Indian journal of veterinary science and animal husbandry - Volumes 15-17, 1948-1951
Year: 1948
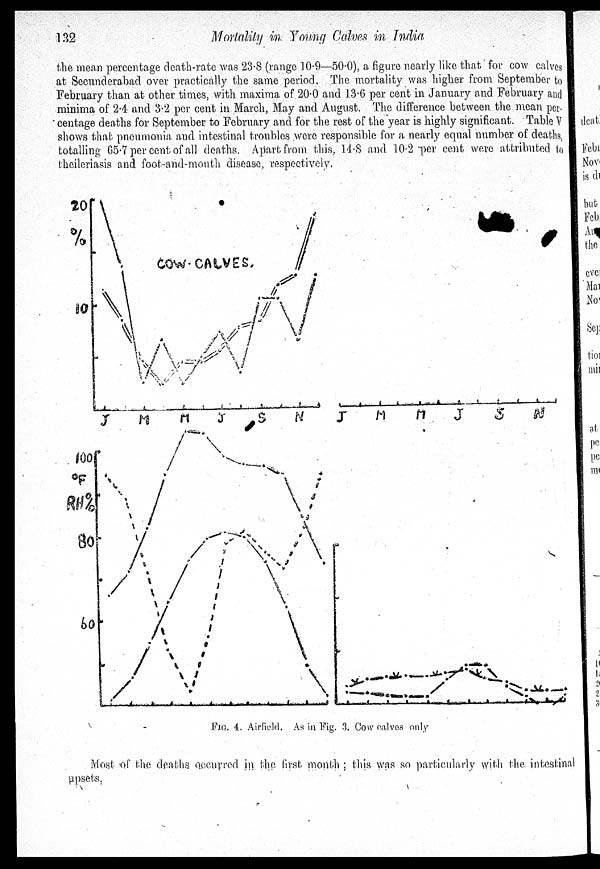
132
Mortalily in Young Calves in India
the mean percentage death-rate was 23.8 (range 10.9—50.0), a figure nearly like that for cow calves
at Secunderabad over practically the same period. The mortality was higher from September to
February than at other times, with maxima of 20.0 and 13.6 per cent in January and February and
minima of 2.4 and 3.2 per cent in March, May and August. The difference between the mean per-
centage deaths for September to February and for the rest of the year is highly significant. Table V
shows that pneumonia and intestinal troubles were responsible for a nearly equal number of deaths,
totalling 65.7 per cent of all deaths. Apart from this. 14.8 and. 10.2 per cent were attributed to
theileriasis and foot-and-mouth disease, respectively.
FIG. 4. Airfield. As in Fig. 3. Cow calves only
Most of the deaths occurred in the first month ; this was so particularly with the intestina
upsets.